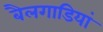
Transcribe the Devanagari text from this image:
बैलगाडियां